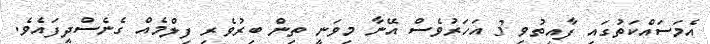
އެމަސައްކަތުގައި ފާއިތުވި 3 އަހަރުވެސް އޭނާ މިވަނީ ތިން ބިރުވެރި ފިލްމެއް ގެނެސްދީފައެވެ.